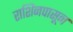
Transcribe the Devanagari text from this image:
राशिनपासून